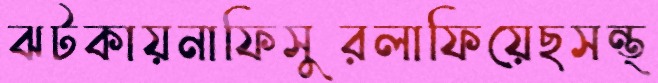
ঝটকায়নাফিসুরলাফিয়েছসন্ত্